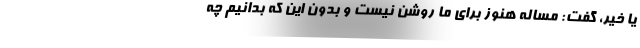
یا خیر، گفت: مساله هنوز برای ما روشن نیست و بدون این که بدانیم چه